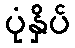
ပုံနှိပ်